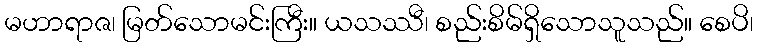
မဟာရာဇ၊ မြတ်သောမင်းကြီး။ ယသဿီ၊ စည်းစိမ်ရှိသောသူသည်။ စေပိ၊